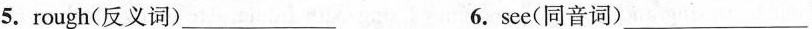
5.rough(反义词)___ 6.see(同音词)___